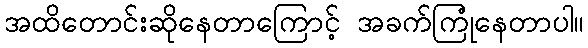
အထိတောင်းဆိုနေတာကြောင့် အခက်ကြုံနေတာပါ။